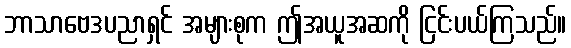
ဘာသာဗေဒပညာရှင် အများစုက ဤအယူအဆကို ငြင်းပယ်ကြသည်။